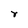
Character: r